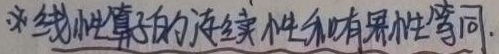
注：线性算子的连续性和有界性等同.